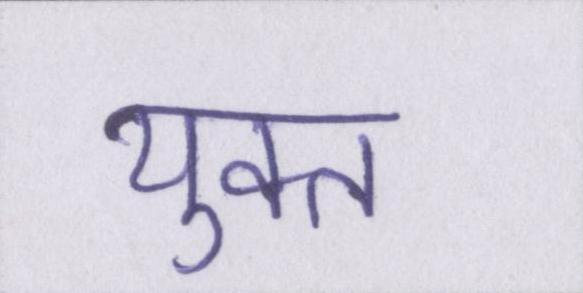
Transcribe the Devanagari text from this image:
युक्त